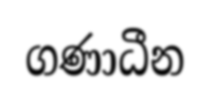
ගණාධීන